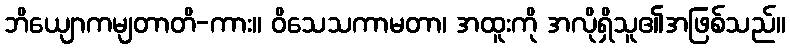
ဘိယျောကမျတာတိ-ကား။ ဝိသေသကာမတာ၊ အထူးကို အလိုရှိသူ၏အဖြစ်သည်။